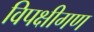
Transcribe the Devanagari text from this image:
विपक्षीगण